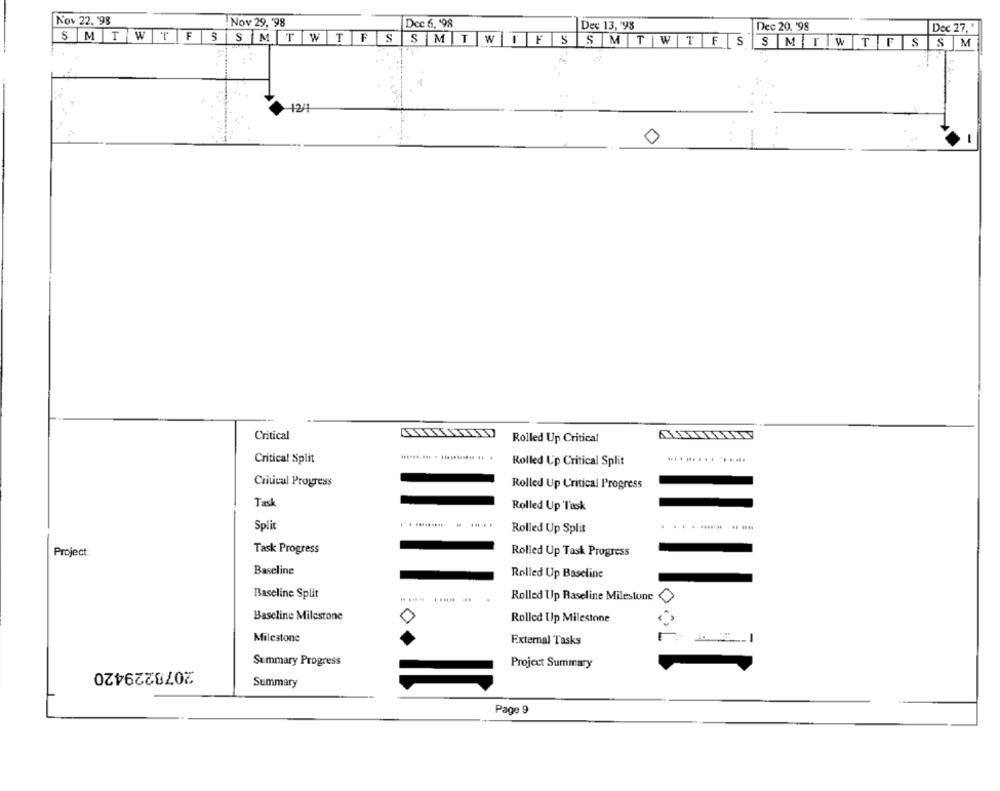
Nov 22. '98
Nov 29, '98
Dec 6, 198
Dec 13, '98
Dec 20. '98
Dec 27,
SMTWTFS
S SMTWTFSSMTWIFS SMTWTFS
SMTWTFSSM
1241
0
Critical
Rolled Up Critical
Critical Split
Rolled Up Critical Split
Critical Progress
Rolled Up Critical Progress
Task
Rolled Up Task
Split
Rolled Up Split
..........
Project
Task Progress
Rolled Up Task Progress
Baseline
Rolled Up Baseline
Baseline Split
Rolled Up Raseline Milestone
Baseline Milestone
Rolled Up Milestone
Milestone
External Tasks
2078229420
Summary Progress
Project Summary
Summary
Page 9